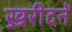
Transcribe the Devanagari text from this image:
ख्ररीदनें